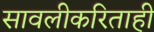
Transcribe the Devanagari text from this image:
सावलीकरिताही